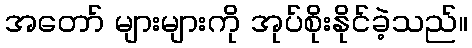
အတော် များများကို အုပ်စိုးနိုင်ခဲ့သည်။